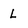
Character: L